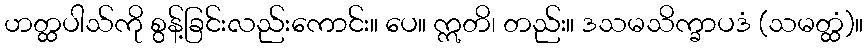
ဟတ္ထပါသ်ကို စွန့်ခြင်းလည်းကောင်း။ ပေ။ ဣတိ၊ တည်း။ ဒသမသိက္ခာပဒံ (သမတ္ထံ)။